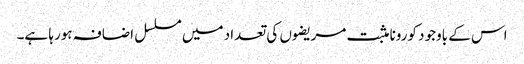
اس کے باوجود کورونا مثبت مریضوں کی تعداد میں مسلسل اضافہ ہورہا ہے۔